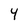
Character: 4